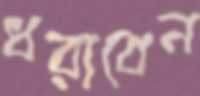
ধরাবেন